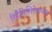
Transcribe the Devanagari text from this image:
रिहैबिलिटेशनल